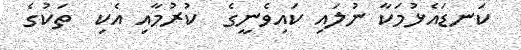
ކަނޑައެޅުމަކާ ނުލައި ކައިވެނީގެ  ކުރުމާއި އެކި  ތަކުގެ